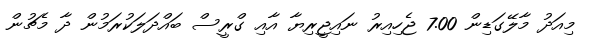
މިއަދު މާލޭގަޑިން 7.00 ޖެހިއިރު ނައިޖީރިޔާ އާއި ގްރީސް ބައްދަލަކުރަމުން ދާ މެޗުން